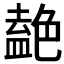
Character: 𫇤